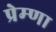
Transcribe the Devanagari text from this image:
प्रेम्णा